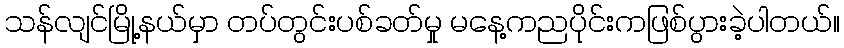
သန်လျင်မြို့နယ်မှာ တပ်တွင်းပစ်ခတ်မှု မနေ့ကညပိုင်းကဖြစ်ပွားခဲ့ပါတယ်။